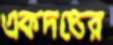
একদণ্ডের